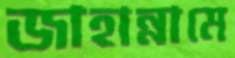
জাহান্নামে